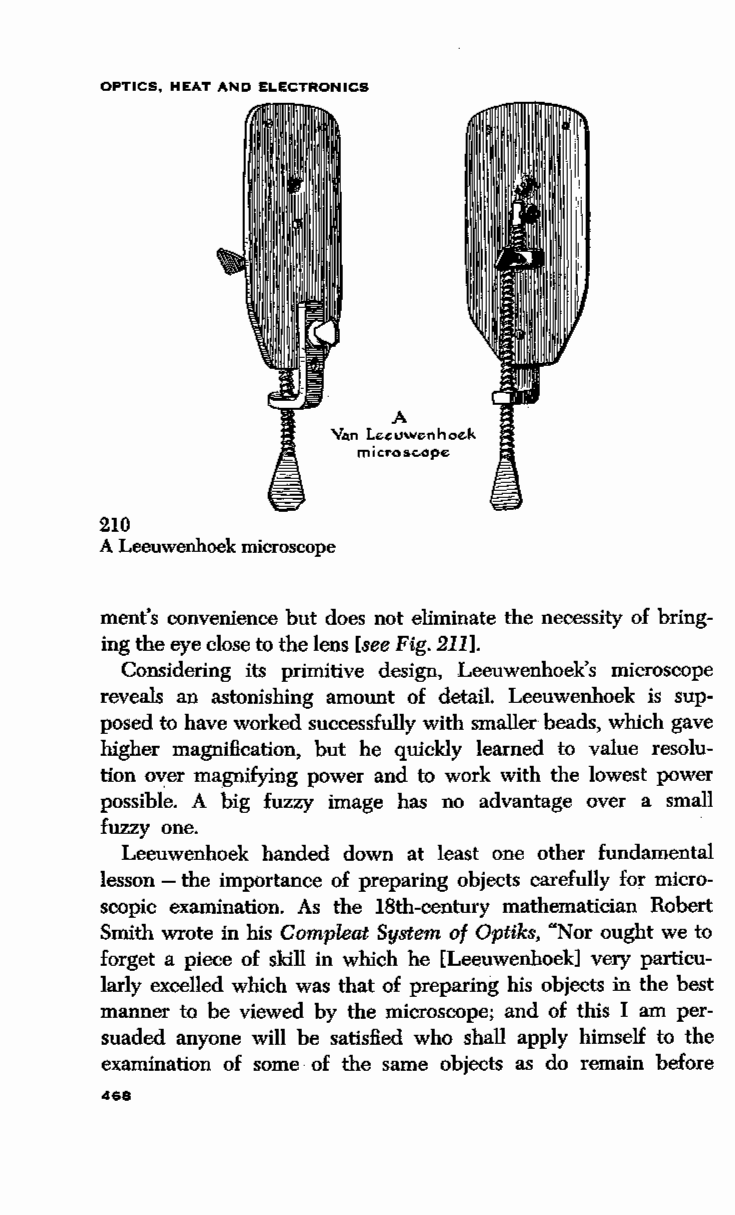
OPTICS, HEAT AND ELECTRONICS
 A
 V. .n Leeuwenhoek
 microsc.ope
 210
 A Leeuwenhoek microscope
 ment's convenience but does not eliminate the necessity of bring
 ing the eye close to the lens [see Fig. 211].
 Considering its primitive design, Leeuwenhoek's microscope
 reveals an astonishing amount of detail. Leeuwenhoek is sup
 posed to have worked successfully with smaller beads, which gave
 higher magnification, but he quickly learned to value resolu
 tion over magnifying power and to work with the lowest power
 possible. A big fuzzy image has no advantage over a small
 fuzzy one.
 Leeuwenhoek handed down at least one other fundamental
 lesson - the importance of preparing objects carefully for micro
 scopic examination. As the 18th-century mathematician Robert
 Smith wrote in his Compleat System of Optiks, "Nor ought we to
 forget a piece of skill in which he [Leeuwenhoek] very particu
 larly excelled which was that of preparing his objects in the best
 manner to be viewed by the microscope; and of this I am per
 suaded anyone will be satisfied who shall apply himself to the
 examination of some of the same objects as do remain before
 468